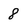
Character: 8